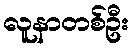
လူနာတစ်ဦး